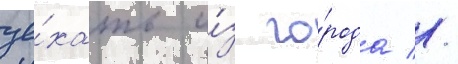
уе́хать и́з го́рода //